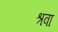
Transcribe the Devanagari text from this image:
श्रवा